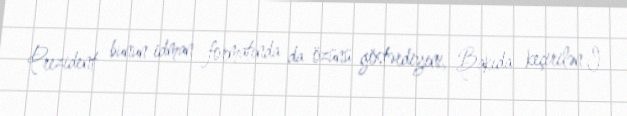
Prezident bunun idman formatında da özünü göstərdiyini, Bakıda keçirilən I